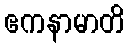
ဧကနာမာတိ